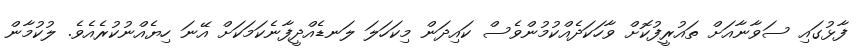
ފާޅުގައި ސަވާނާއަށް ތައުރީފުކޮށް ވާހަކަދެއްކުމުންވެސް ކައިދަން މިކަހަލަ ލަނޑެއްދީފާނެކަމަކަށް އޭނަ ހިޔެއްނުކުރެއެވެ. ލުކުމާން